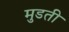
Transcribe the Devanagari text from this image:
मुडती